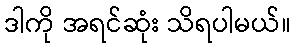
ဒါကို အရင်ဆုံး သိရပါမယ်။